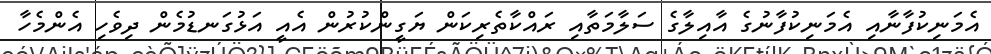
އެމަނިކުފާނާއި އެމަނިކުފާނުގެ އާއިލާގެ ސަލާމަތާއި ރައްކާތެރިކަން ޔަގީންކުރުން އެއީ އަޅުގަނޑުމެން ދިވެހި އެންމެހާ